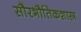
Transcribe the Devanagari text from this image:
सौरभौतिकशास्त्र